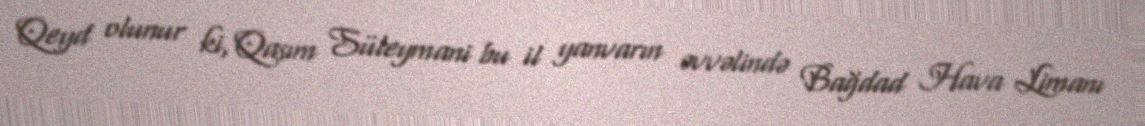
Qeyd olunur ki, Qasım Süleymani bu il yanvarın əvvəlində Bağdad Hava Limanı